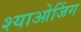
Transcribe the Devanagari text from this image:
श्याओजिंग